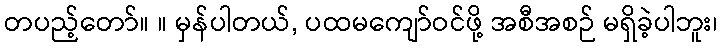
တပည့်တော်။ ။ မှန်ပါတယ်, ပထမကျော်ဝင်ဖို့ အစီအစဉ် မရှိခဲ့ပါဘူး၊